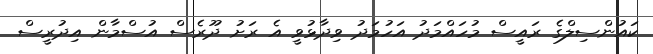
ކައުންސިލްގެ ރައީސް މުހައްމަދު އަހުމަދު ވިދާޅުވީ އެ ރަށު ދޫރެސް އުސްމާން އިދުރީސް